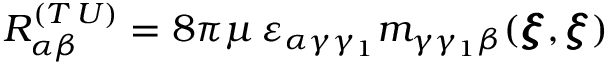
R _ { \alpha \beta } ^ { ( T \, U ) } = 8 \pi \mu \, \varepsilon _ { \alpha \gamma \gamma _ { 1 } } m _ { \gamma \gamma _ { 1 } \beta } ( { \pmb \xi } , { \pmb \xi } )